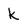
Character: k